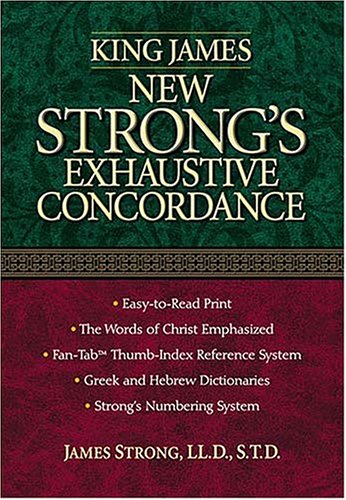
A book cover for King James New Strong's Exhaustive Concordance Of The Bible: Dictionary of the Hebrew Bible and the Greek Testament; Nelson Reference; Christian Books & Bibles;